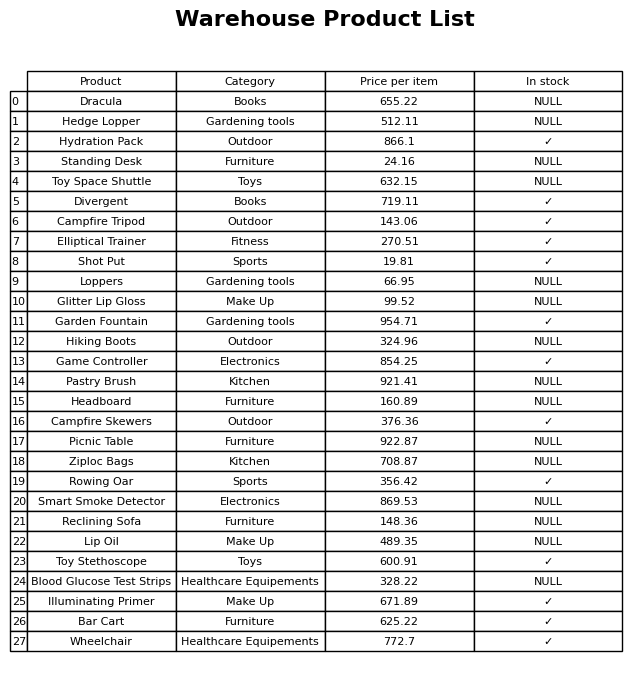
question: What is the price for Game Controller?
answer: The price of Game Controller is 854.25.